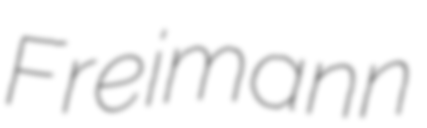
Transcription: Freimann